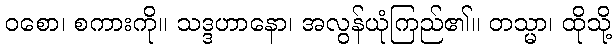
ဝစော၊ စကားကို။ သဒ္ဒဟာနော၊ အလွန်ယုံကြည်၏။ တသ္မာ၊ ထိုသို့